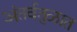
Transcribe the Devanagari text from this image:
अंतर्वतुळात